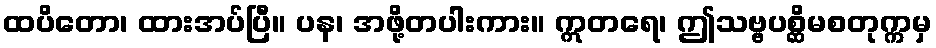
ထပိတော၊ ထားအပ်ပြီ။ ပန၊ အဖို့တပါးကား။ ဣတရေ၊ ဤသဗ္ဗပစ္ဆိမစတုက္ကမှ